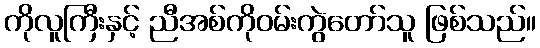
ကိုလူကြီးနှင့် ညီအစ်ကိုဝမ်းကွဲတော်သူ ဖြစ်သည်။